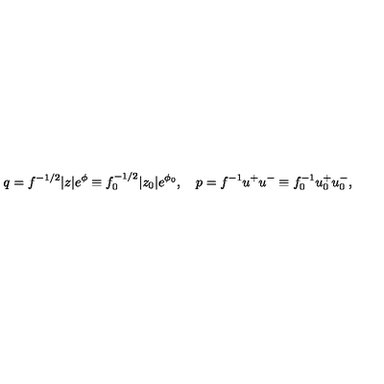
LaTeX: q = f ^ { - 1 / 2 } | z | e ^ { \phi } \equiv f _ { 0 } ^ { - 1 / 2 } | z _ { 0 } | e ^ { \phi _ { 0 } } , \quad p = f ^ { - 1 } u ^ { + } u ^ { - } \equiv f _ { 0 } ^ { - 1 } u _ { 0 } ^ { + } u _ { 0 } ^ { - } ,